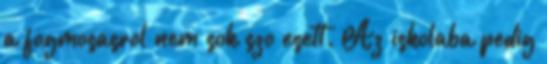
a fogmosasrol nem sok szo esett. Az iskolaba pedig